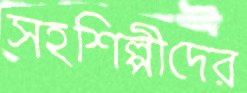
সহশিল্পীদের